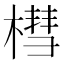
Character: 槥